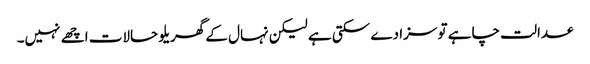
عدالت چاہے تو سزا دے سکتی ہے لیکن نہال کے گھریلو حالات اچھے نہیں۔